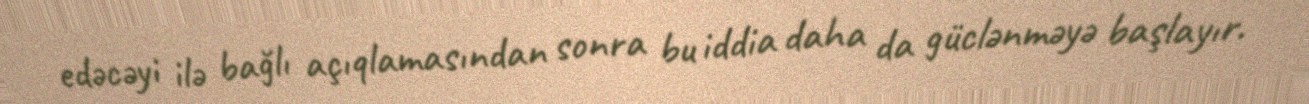
edəcəyi ilə bağlı açıqlamasından sonra bu iddia daha da güclənməyə başlayır.